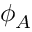
\phi _ { A }